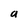
Character: a